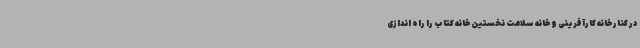
در کنار خانه کارآفرینی و خانه سلامت نخستین خانه کتاب را راه اندازی